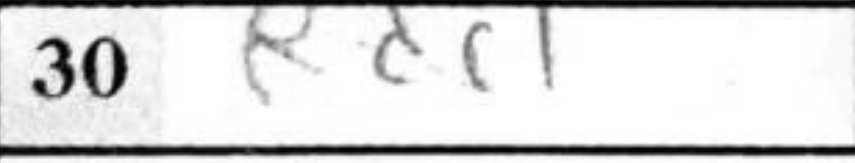
Transcription: Rdc1